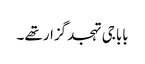
بابا جی تہجد گزار تھے ۔